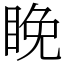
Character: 睌